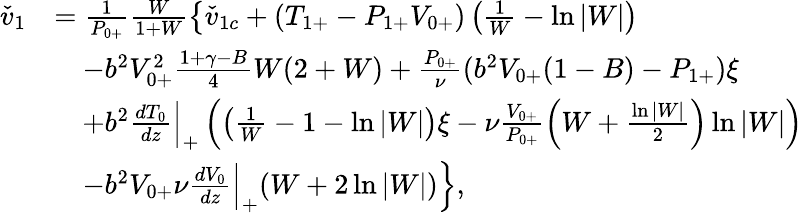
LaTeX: \begin{array}{rl}{\check{v}_{1}}&{=\frac{1}{{P}_{0+}}\frac{W}{1+W}\left\{ \check{v}_{1c}+({T}_{1+}-{P}_{1+}{V}_{0+})\left(\frac{1}{W}-\ln{|W|}\right)\right.}\\ &{\left.\quad-b^{2}{V}_{0+}^{2}\frac{1+\gamma-B}{4}W(2+W)+\frac{{P}_{0+}}{\nu}(b^{2}{V}_{0+}(1-B)-{P}_{1+})\xi\right.}\\ &{\left.\quad+b^{2}\frac{dT_{0}}{dz}\Big|_{+}\left(\left(\frac{1}{W}-1-\ln{|W|}\right)\xi-\nu\frac{V_{0+}}{P_{0+}}\left(W+\frac{\ln{|W|}}{2}\right)\ln{|W|}\right)\right.}\\ &{\left.\quad-b^{2}V_{0+}\nu\frac{dV_{0}}{dz}\Big|_{+}(W+2\ln{|W|})\right\} ,}\end{array}